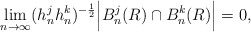
\begin{align*}\lim_{n\to\infty} (h_n^j h_n^k)^{-\frac{1}{2}} \Big|B_n^j(R) \cap B_n^k(R)\Big|=0,\end{align*}